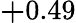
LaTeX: {\mathbf+0.49}